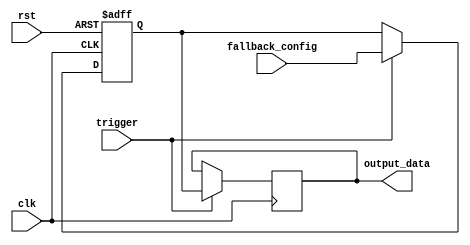
module FallbackBypass_register (
    input clk,
    input rst,
    input trigger,
    input [7:0] fallback_config,
    output reg [7:0] output_data
);

reg [7:0] fallback_data;

always @(posedge clk or posedge rst) begin
    if (rst) begin
        fallback_data <= 8'b0;
    end else if (trigger) begin
        fallback_data <= fallback_config;
    end
end

always @(posedge clk) begin
    if (trigger) begin
        output_data <= fallback_data;
    end
end

endmodule